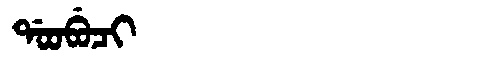
Manchu: ᡩᠣᠣᠪᡠᠴᡳ
Romanization: DOOBUCI